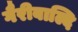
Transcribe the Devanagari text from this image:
गैरीबाल्दि